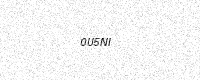
Text: 0U5NI